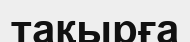
тақырға